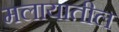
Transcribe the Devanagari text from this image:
मलायातील